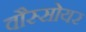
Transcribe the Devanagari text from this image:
वौस्सोयर